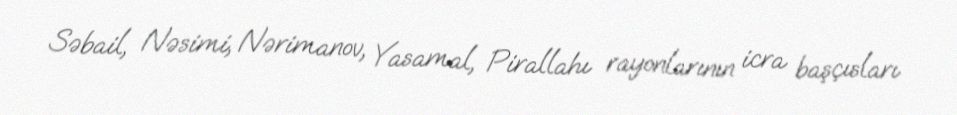
Səbail, Nəsimi, Nərimanov, Yasamal, Pirallahı rayonlarının icra başçısları